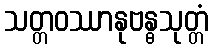
သတ္တဝဿာနုဗန္ဓသုတ္တံ